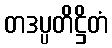
တဒပ္ပတိဋ္ဌိတံ